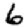
Digit: 6